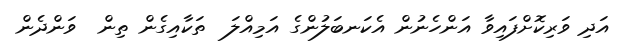
އަދި ވަރިކޮށްފައިވާ އަންހެނުން އެކަނބަލުންގެ އަމިއްލަ  ތަކާއިގެން ތިން  ވަންދެން